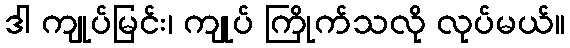
ဒါ ကျုပ်မြင်း၊ ကျုပ် ကြိုက်သလို လုပ်မယ်။